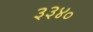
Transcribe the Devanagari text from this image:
३३४०